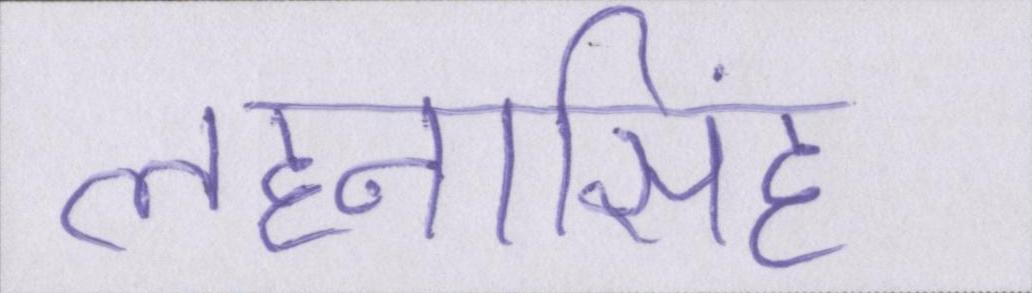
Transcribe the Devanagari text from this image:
लहनासिंह